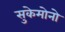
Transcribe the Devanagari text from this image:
सुकेमोनो